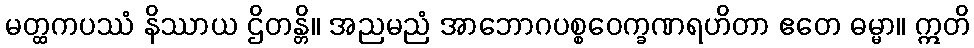
မတ္ထကပဿံ နိဿာယ ဌိတန္တိ။ အညမညံ အာဘောဂပစ္စဝေက္ခဏရဟိတာ ဧတေ ဓမ္မာ။ ဣတိ